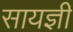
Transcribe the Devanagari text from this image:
सायज्ञी